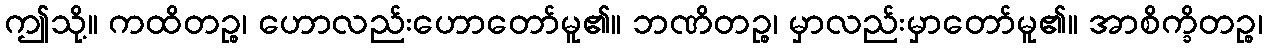
ဤသို့။ ကထိတဉ္စ၊ ဟောလည်းဟောတော်မူ၏။ ဘဏိတဉ္စ၊ မှာလည်းမှာတော်မူ၏။ အာစိက္ခိတဉ္စ၊